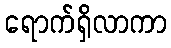
ရောက်ရှိလာကာ